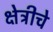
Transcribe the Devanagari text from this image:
क्षेत्रीचे